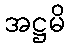
အဋ္ဌမိ